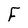
Character: F